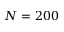
N = 2 0 0